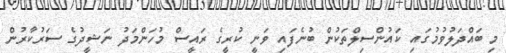
މި ބައްދަލުވުމުގައި ކައުންސިލްތަކުން ބުނެފައި ވަނީ ކުރީގެ ރައީސް މުހަންމަދު ނަޝީދުގެ ސަރުކާރުން